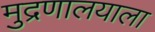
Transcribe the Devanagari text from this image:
मुद्रणालयाला